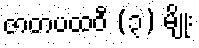
ဇာတပထဝီ (၃) မျိုး